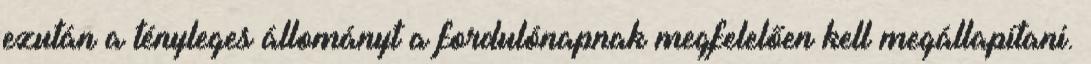
ezután a tényleges állományt a fordulónapnak megfelelően kell megállapítani.